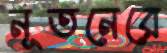
নূতনেরে